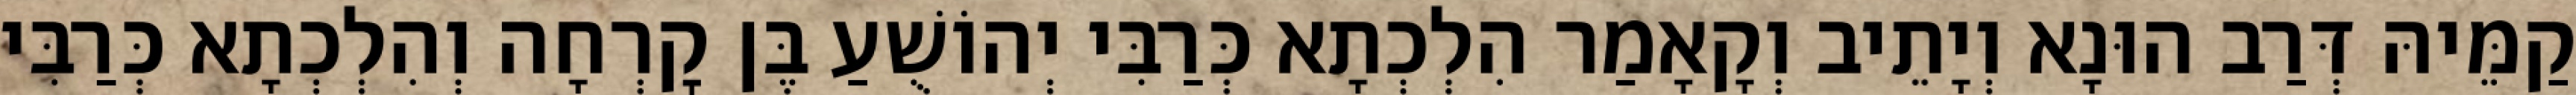
קַמֵּיהּ דְּרַב הוּנָא וְיָתֵיב וְקָאָמַר הִלְכְתָא כְּרַבִּי יְהוֹשֻׁעַ בֶּן קׇרְחָה וְהִלְכְתָא כְּרַבִּי